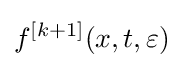
f^{[k+1]}(x,t,\varepsilon )